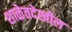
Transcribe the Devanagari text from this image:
शाळेतदेखील